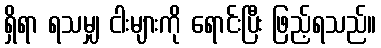
ရှိရာ ရသမျှ ငါးများကို ရောင်းပြီး ဖြည့်ရသည်။